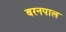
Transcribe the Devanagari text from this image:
बरनपाल